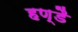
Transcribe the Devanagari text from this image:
हण्डै